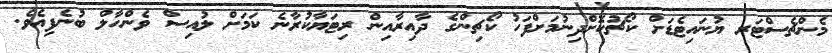
މެންޗެސްޓަރ ޔުނައިޓެޑަށް ކޯޗުކޮށްދިނުމަށްފަހު ކޯޗިންގެ ދާއިރާއިން ރިޓަޔާކުރާނެ ކަމަށް ލުއިސް ވެންހާލް ބުނެފިއެވެ.